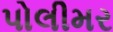
પોલીમર